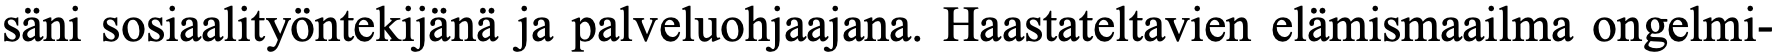
säni sosiaalityöntekijänä ja palveluohjaajana. Haastateltavien elämismaailma ongelmi-